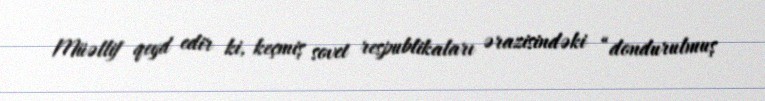
Müəllif qeyd edir ki, keçmiş sovet respublikaları ərazisindəki “dondurulmuş